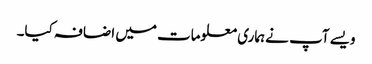
ویسے آپ نے ہماری معلومات میں اضافہ کیا۔